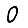
Digit: 0